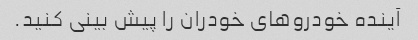
آینده خودروهای خودران را پیش بینی کنید.